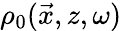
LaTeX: \rho_{0}(\vec{x},z,\omega)